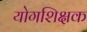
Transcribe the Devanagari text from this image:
योगशिक्षक